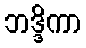
ဘဒ္ဒိကာ